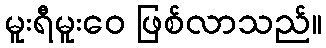
မူးရီမူးဝေ ဖြစ်လာသည်။